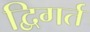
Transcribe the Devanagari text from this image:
द्विगर्त